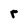
Character: r